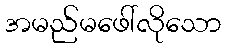
အမည်မဖေါ်လိုသော